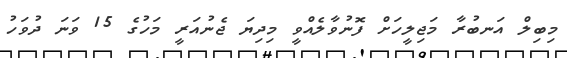
މިބިލް އަނބުރާ މަޖިލީހަށް ފޮނުވާލެއްވީ މިދިޔަ ޖެނުއަރީ މަހުގެ 15 ވަނަ ދުވަހު